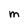
Character: M